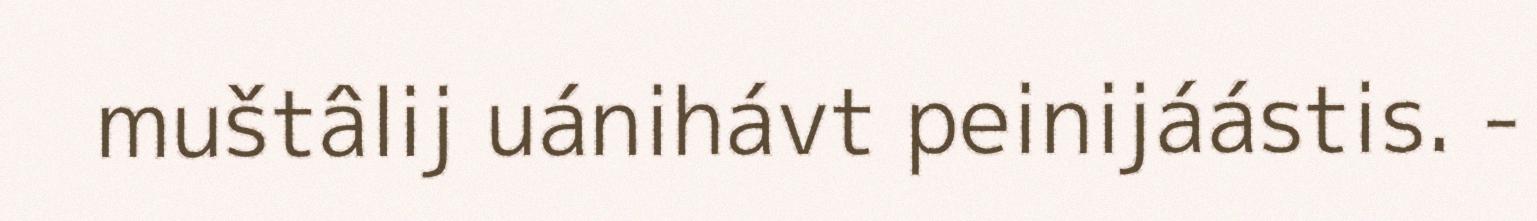
muštâlij uánihávt peinijáástis. -